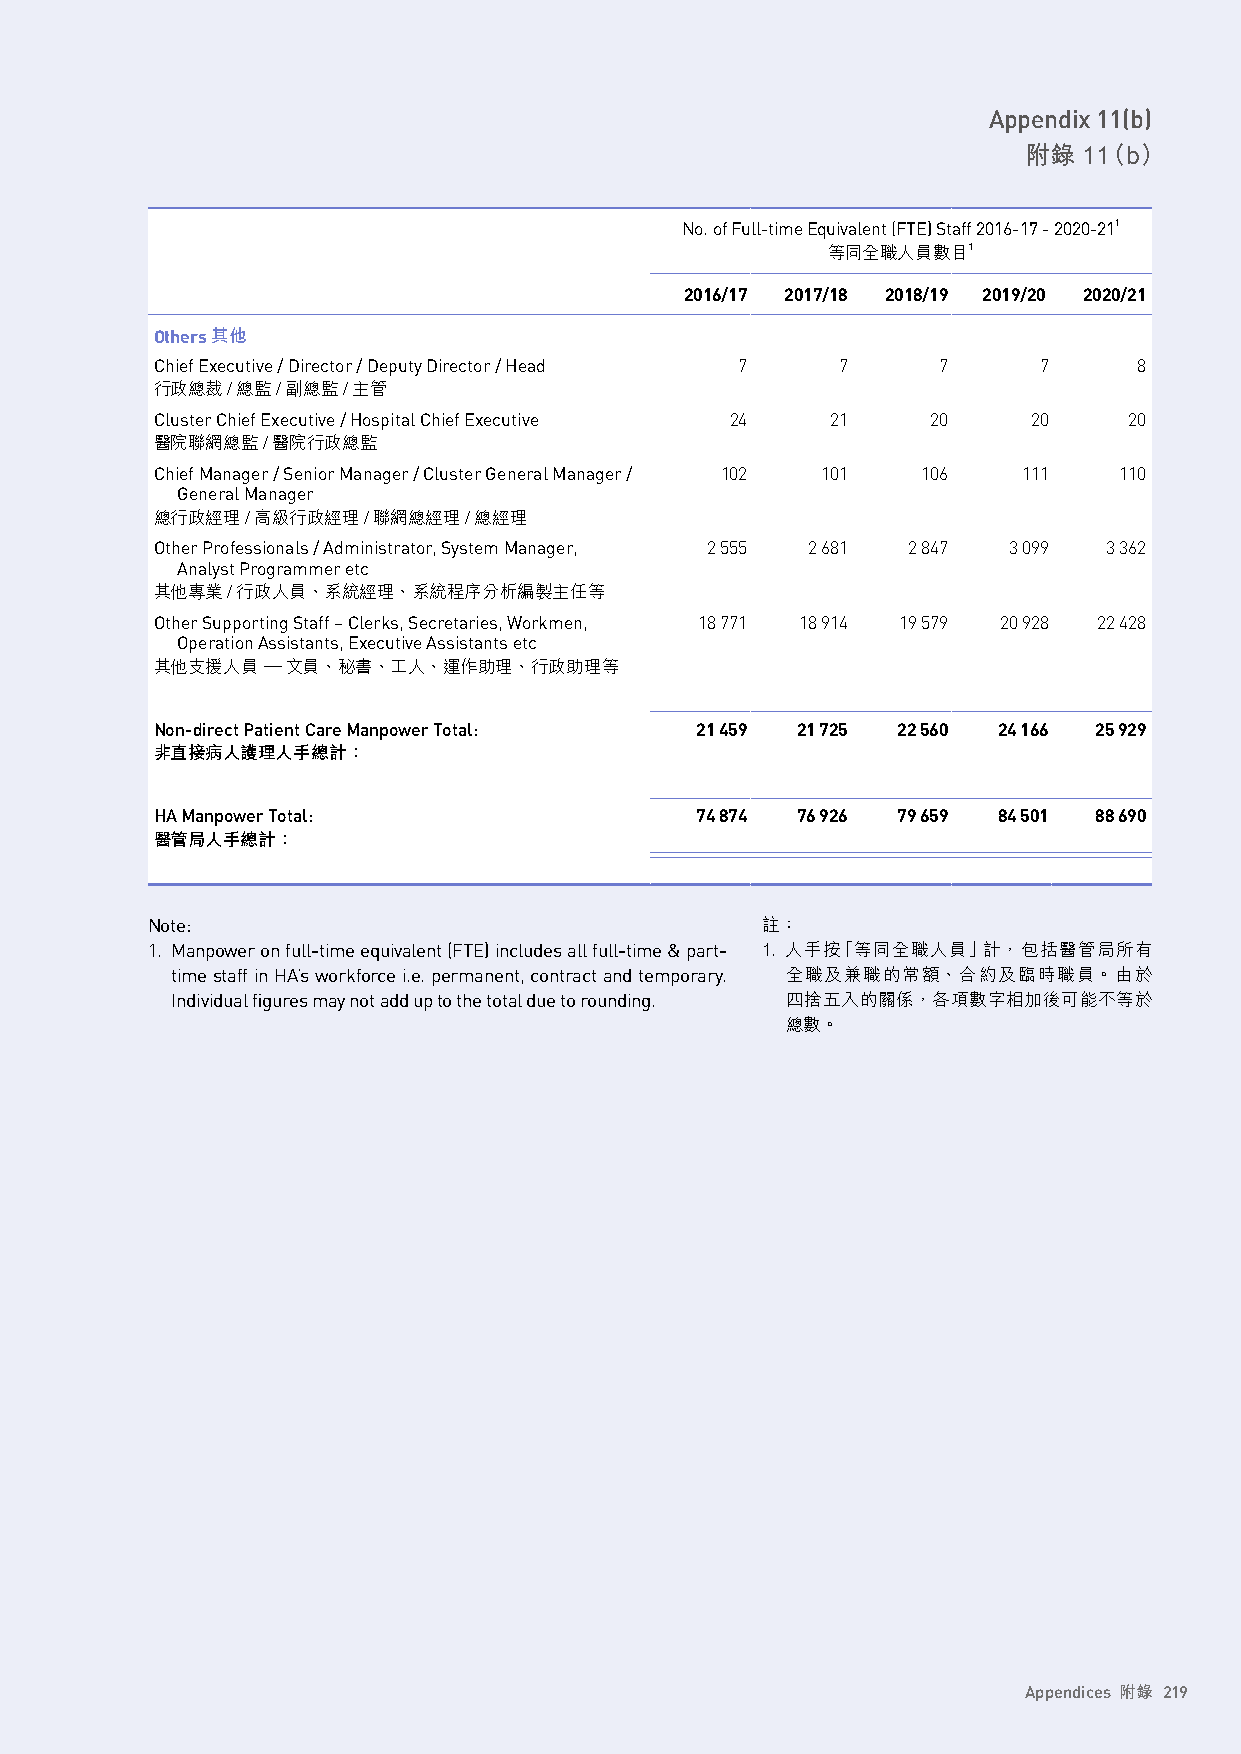
Appendix 11(b)
 附錄  11（b）
 No. of Full-time Equivalent (FTE) Staff 2016-17 - 2020-211
 等同全職人員數目1
 2016/17 2017/18 2018/19 2019/20 2020/21
 Others其他
 Chief Executive / Director / Deputy Director / Head 7 7 7  7     8
 行政總裁/總監/副總監/主管
 Cluster Chief Executive / Hospital Chief Executive 24 21 20 20   20
 醫院聯網總監/醫院行政總監
 Chief Manager / Senior Manager / Cluster General Manager / 102 101 106 111 110
 General Manager
 總行政經理/高級行政經理/聯網總經理/總經理
 Other Professionals / Administrator, System Manager, 2 555 2 681 2 847 3 099 3 362
 Analyst Programmer etc
 其他專業/行政人員、系統經理、系統程序分析編製主任等
 Other Supporting Staff – Clerks, Secretaries, Workmen, 18 771 18 914 19 579 20 928 22 428
 Operation Assistants, Executive Assistants etc
 其他支援人員 — 文員、秘書、工人、運作助理、行政助理等
 Non-direct Patient Care Manpower Total: 21 459 21 725 22 560 24 166 25 929
 非直接病人護理人手總計：
 HA Manpower Total:                  74 874 76 926 79 659 84 501 88 690
 醫管局人手總計：
 Note:                                   註：
 1. Manpower on full-time equivalent (FTE) includes all full-time & part- 1. 人手按「等同全職人員」計，包括醫管局所有
 time staff in HA’s workforce i.e. permanent, contract and temporary. 全職及兼職的常額、合約及臨時職員。由於
 Individual figures may not add up to the total due to rounding. 四捨五入的關係，各項數字相加後可能不等於
 總數。
 Appendices 附錄 219